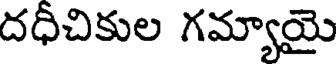
దధీచికుల గమ్యాయై